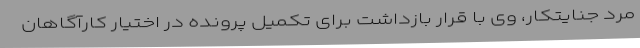
مرد جنایتکار، وی با قرار بازداشت برای تکمیل پرونده در اختیار کارآگاهان